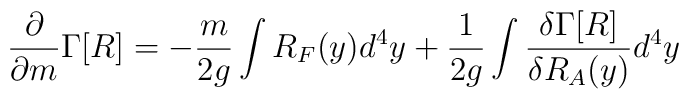
\frac{\partial}{{\partial}m} \Gamma [R] = -\frac{m}{2g} \int R_F(y)d^4 y + \frac{1}{2g} \int \frac{\delta \Gamma [R]}{\delta R_A (y)} d^4 y